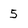
Character: 5